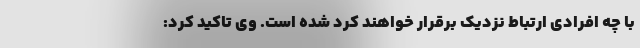
با چه افرادی ارتباط نزدیک برقرار خواهند کرد شده است. وی تاکید کرد: